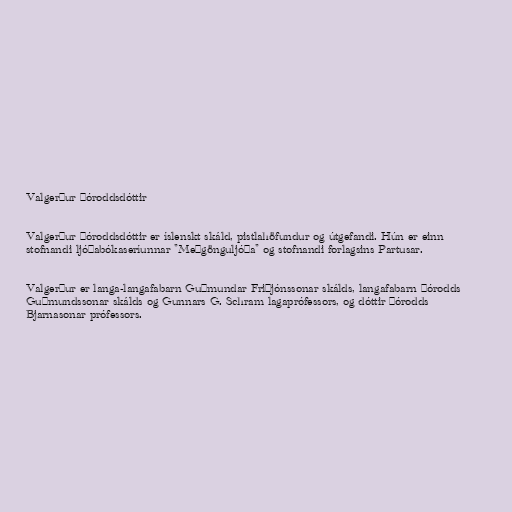
Valgerður Þóroddsdóttir

Valgerður Þóroddsdóttir er íslenskt skáld, pistlahöfundur og útgefandi. Hún er einn
stofnandi ljóðabókaseríunnar "Meðgönguljóða" og stofnandi forlagsins Partusar.

Valgerður er langa-langafabarn Guðmundar Friðjónssonar skálds, langafabarn Þórodds
Guðmundssonar skálds og Gunnars G. Schram lagaprófessors, og dóttir Þórodds
Bjarnasonar prófessors.